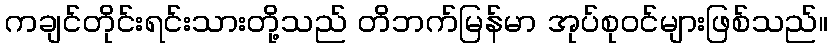
ကချင်တိုင်းရင်းသားတို့သည် တိဘက်မြန်မာ အုပ်စုဝင်များဖြစ်သည်။